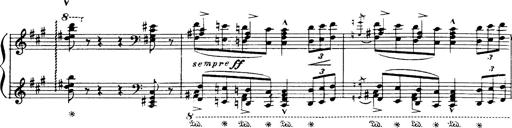
Title: Danza sacra e duetto finale dâ€™Aida
Composer: Franz Liszt